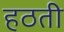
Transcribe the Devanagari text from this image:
हठती